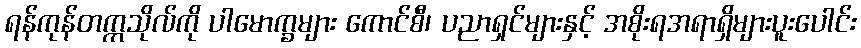
ရန်ကုန်တက္ကသိုလ်ကို ပါမောက္ခများ ကောင်စီ၊ ပညာရှင်များနှင့် အစိုးရအရာရှိများပူးပေါင်း